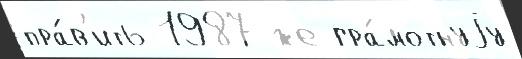
пра́в'ить 1987 же гра́мотнуjу